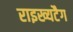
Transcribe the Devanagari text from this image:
राइख्यटैग